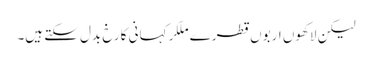
لیکن لاکھوں اربوں قطرے ملکر کہانی کا رخ بدل سکتے ہیں۔